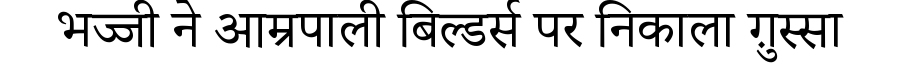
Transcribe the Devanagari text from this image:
भज्जी ने आम्रपाली बिल्डर्स पर निकाला ग़ुस्सा